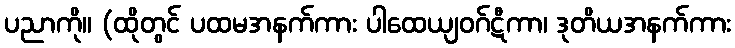
ပညာကို။ (ထိုတွင် ပထမအနက်ကား ပါထေယျဝဂ်ဋီကာ၊ ဒုတိယအနက်ကား